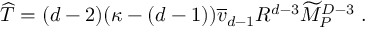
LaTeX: { \widehat T } = ( d - 2 ) ( \kappa - ( d - 1 ) ) { \overline { { v } } } _ { d - 1 } R ^ { d - 3 } { \widetilde M } _ { P } ^ { D - 3 } ~ .